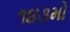
૧૪૩મો